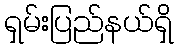
ရှမ်းပြည်နယ်ရှိ